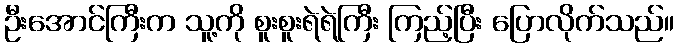
ဦးအောင်ကြီးက သူ့ကို စူးစူးရဲရဲကြီး ကြည့်ပြီး ပြောလိုက်သည်။